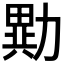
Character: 𭅂